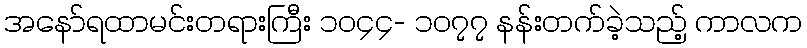
အနော်ရထာမင်းတရားကြီး ၁၀၄၄- ၁၀၇၇ နန်းတက်ခဲ့သည့် ကာလက